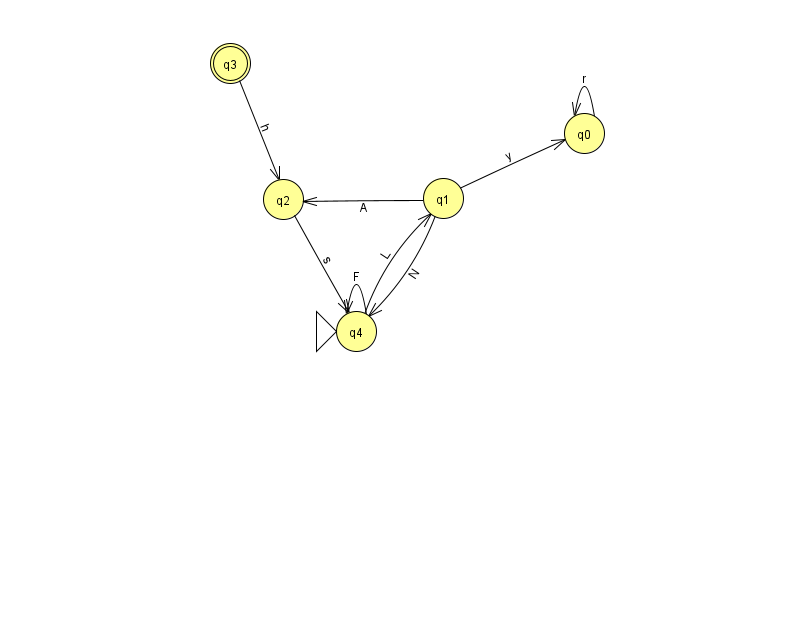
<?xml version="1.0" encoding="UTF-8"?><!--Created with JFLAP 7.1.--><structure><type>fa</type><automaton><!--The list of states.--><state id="0" name="q0"><x>584.0</x><y>120.0</y></state><state id="1" name="q1"><x>443.0</x><y>185.0</y></state><state id="2" name="q2"><x>283.0</x><y>186.0</y></state><state id="3" name="q3"><x>230.0</x><y>50.0</y><final/></state><state id="4" name="q4"><x>356.0</x><y>318.0</y><initial/></state><!--The list of transitions.--><transition><from>1</from><to>2</to><read>A</read></transition><transition><from>2</from><to>4</to><read>s</read></transition><transition><from>0</from><to>0</to><read>r</read></transition><transition><from>1</from><to>0</to><read>y</read></transition><transition><from>4</from><to>4</to><read>F</read></transition><transition><from>1</from><to>4</to><read>N</read></transition><transition><from>4</from><to>1</to><read>L</read></transition><transition><from>3</from><to>2</to><read>h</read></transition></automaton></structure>